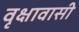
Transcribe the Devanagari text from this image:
वृक्षावासी